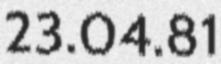
23.04.81